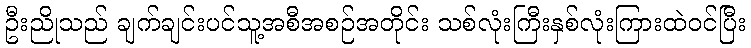
ဦးညိုသည် ချက်ချင်းပင်သူ့အစီအစဉ်အတိုင်း သစ်လုံးကြီးနှစ်လုံးကြားထဲဝင်ပြီး